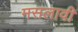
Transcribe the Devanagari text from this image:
मसलावी